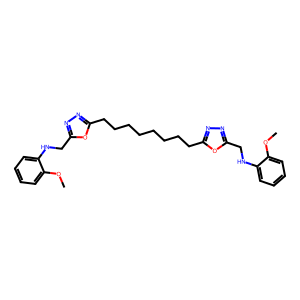
SMILES: COc1ccccc1NCc1nnc(CCCCCCCCc2nnc(CNc3ccccc3OC)o2)o1
Inhibits HIV replication: No